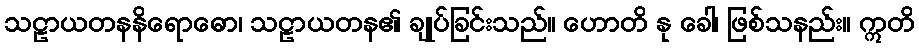
သဠာယတနနိရောဓော၊ သဠာယတန၏ ချုပ်ခြင်းသည်။ ဟောတိ နု ခေါ၊ ဖြစ်သနည်း။ ဣတိ